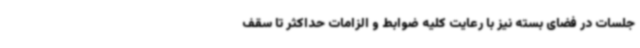
جلسات در فضای بسته نیز با رعایت کلیه ضوابط و الزامات حداکثر تا سقف